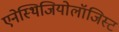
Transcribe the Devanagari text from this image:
एनेस्थिजियोलॉजिस्ट